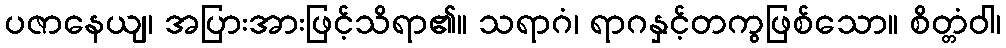
ပဇာနေယျ၊ အပြားအားဖြင့်သိရာ၏။ သရာဂံ၊ ရာဂနှင့်တကွဖြစ်သော။ စိတ္တံဝါ၊